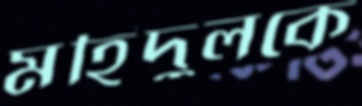
মহিদুলকে